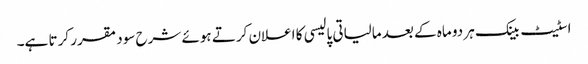
اسٹیٹ بینک ہر دو ماہ کے بعد مالیاتی پالیسی کا اعلان کرتے ہوئے شرح سود مقرر کرتا ہے۔